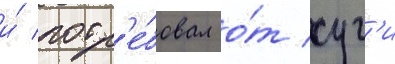
и́ потр'е́бовал о́т суг'и